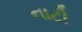
નાટી